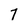
Character: 7